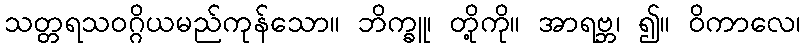
သတ္တရသဝဂ္ဂိယမည်ကုန်သော။ ဘိက္ခူ၊ တို့ကို။ အာရဗ္ဘ၊ ၍။ ဝိကာလေ၊